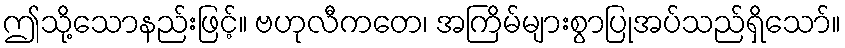
ဤသို့သောနည်းဖြင့်။ ဗဟုလီကတေ၊ အကြိမ်များစွာပြုအပ်သည်ရှိသော်။